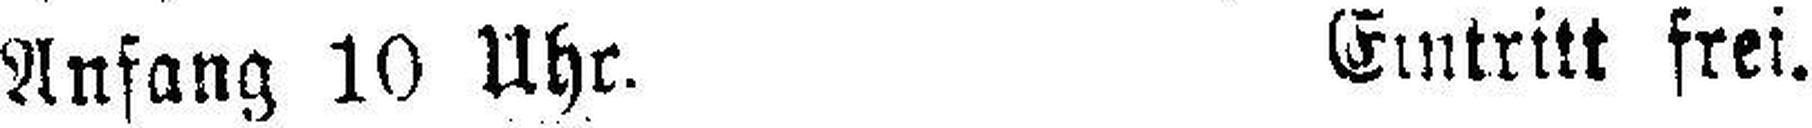
Anfang 10 Uhr. Eintritt frei.